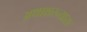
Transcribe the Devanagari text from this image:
अथाक्षरन्यासः